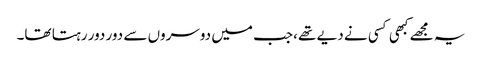
یہ مجھے کبھی کسی نے دیے تھے ،جب میں دوسروں سے دور دور رہتا تھا۔